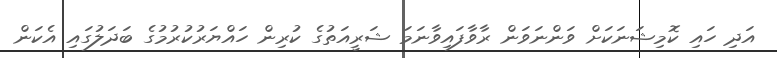
އަދި ހައި ކޮމިޝަނަކަށް ވަންނަވަން ރާވާފައިވާނަމަ ޝަރީއަތުގެ ކުރިން ހައްޔަރުކުރުމުގެ ބަދަލުގައި އެކަން